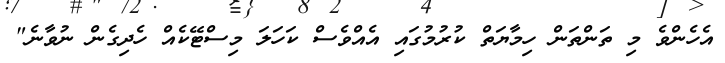
އެހެންވެ މި ތަންތަން ހިމާޔަތް ކުރުމުގައި އެއްވެސް ކަހަލަ މިސްޓޭކެއް ހެދިގެން ނުވާނެ"